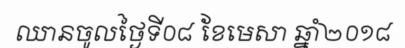
ឈានចូលថ្ងៃទី០៨ ខែមេសា ឆ្នាំ២០១៨